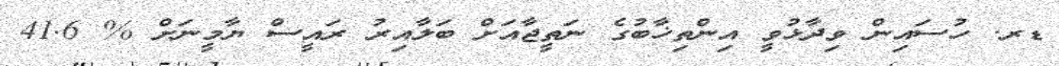
ޑރ. ހުސައިން ވިދާޅުވީ އިންތިޚާބުގެ ނަތީޖާއަށް ބަލާއިރު ރައީސް ޔާމީނަށް % 41.6